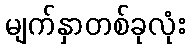
မျက်နှာတစ်ခုလုံး